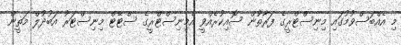
މި އެއްބަސްވުމުގައި މިނިސްޓްރީގެ ފަރާތުން ސޮއިކުރެއްވީ އެމިނިސްޓްރީގެ ސްޓޭޓް މިނިސްޓަރު އަބުދުލް މަތީން